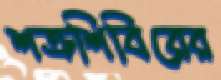
শত্রুশিবিরের